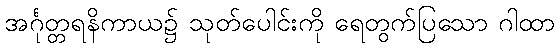
အင်္ဂုတ္တရနိကာယ၌ သုတ်ပေါင်းကို ရေတွက်ပြသော ဂါထာ